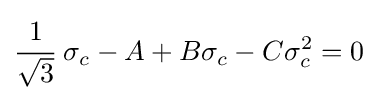
{\cfrac {1}{\sqrt {3}}}~\sigma _{c}-A+B\sigma _{c}-C\sigma _{c}^{2}=0~